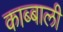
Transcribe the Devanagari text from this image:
काब्बाली